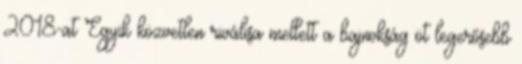
2018-at Egyik közvetlen riválisa mellett a bajnokság öt legerősebb